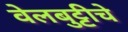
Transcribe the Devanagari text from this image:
वेलबुट्टीचे